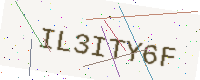
Text: IL3ITY6F